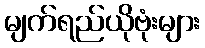
မျက်ရည်ယိုဗုံးများ